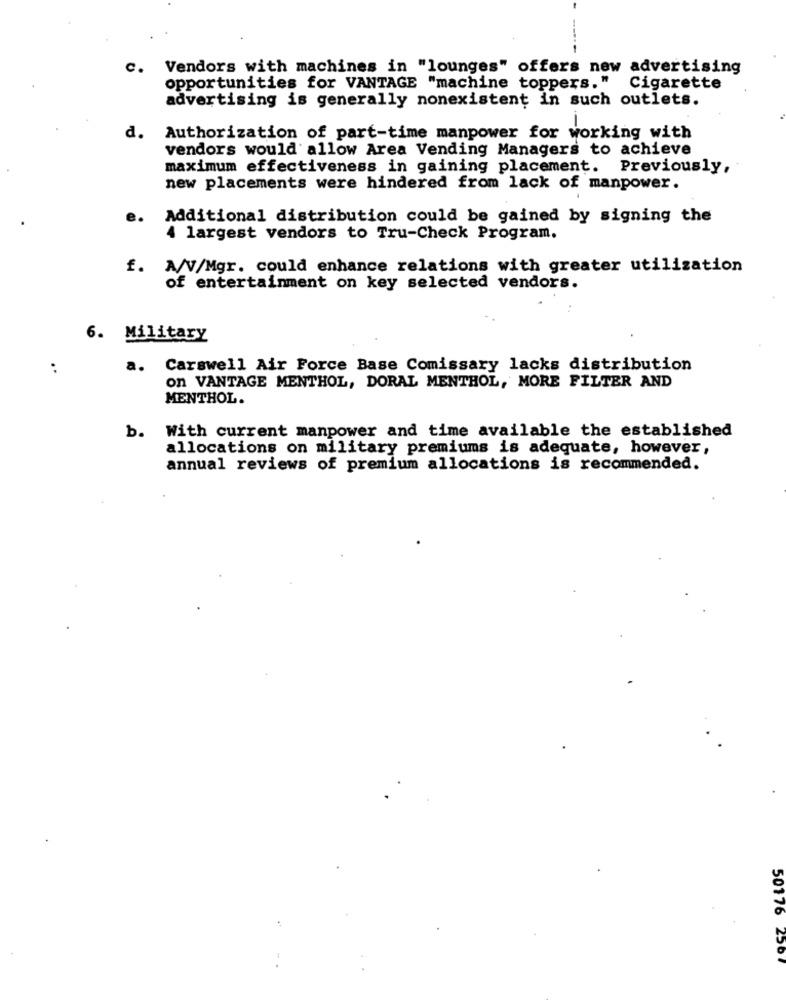
c.
Vendors with machines in "lounges" offers new advertising
opportunities for VANTAGE "machine toppers. "
Cigarette
advertising is generally nonexistent in such outlets.
d. Authorization of part-time manpower for working with
vendors would allow Area Vending Managers to achieve
maximum effectiveness in gaining placement. Previously,
new placements were hindered from lack of manpower.
e.
Additional distribution could be gained by signing the
4 largest vendors to Tru-Check Program.
£.
A/V/Mgr. could enhance relations with greater utilization
of entertainment on key selected vendors.
6. Military
:
a.
Carswell Air Force Base Comissary lacks distribution
on VANTAGE MENTHOL, DORAL MENTHOL, MORE FILTER AND
MENTHOL.
b. With current manpower and time available the established
allocations on military premiums is adequate, however,
annual reviews of premium allocations is recommended.
50176 2567